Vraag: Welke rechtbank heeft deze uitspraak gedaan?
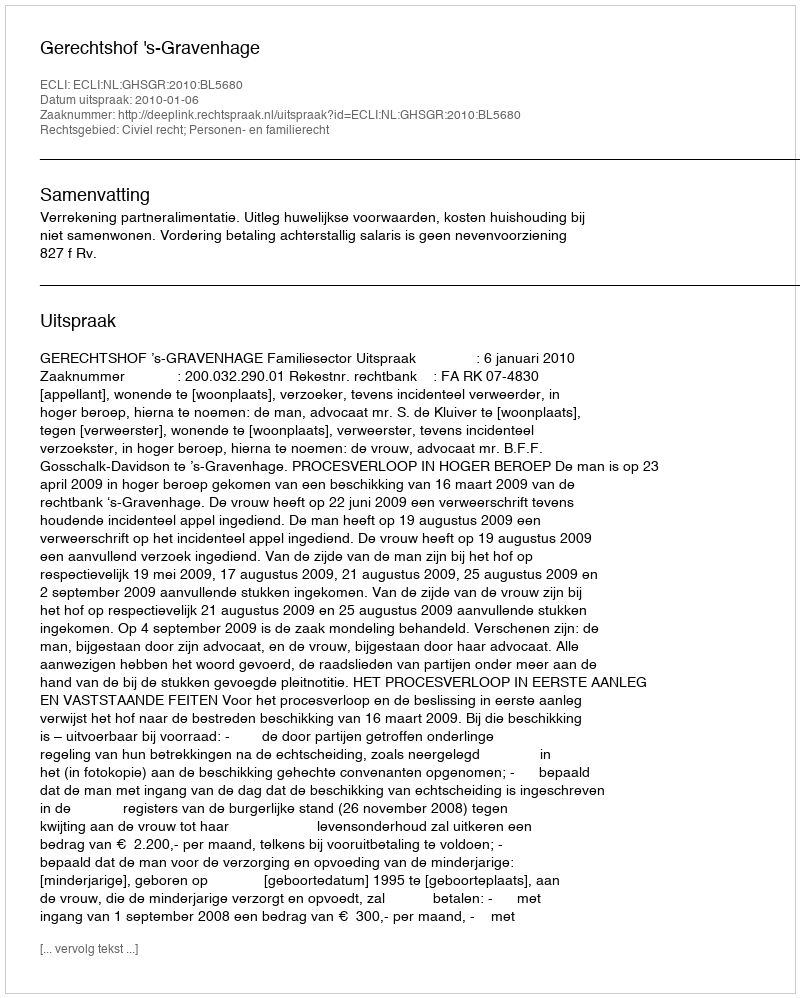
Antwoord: Gerechtshof 's-Gravenhage